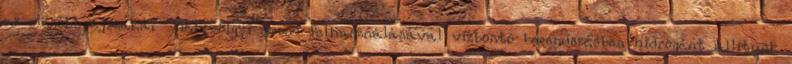
az olcsóbb éjszakai mélyvölgyi áram felhasználásával vízbontó berendezésben hidrogént állítunk